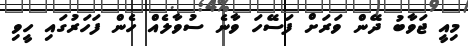
މިއީ ޖަވާބު ދޭން ވަރަށް ފަސޭހަ ވާނެ ސުވާލެއް ހެން ފަހަރުގައި ހީވި